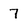
Character: 7